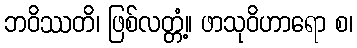
ဘဝိဿတိ၊ ဖြစ်လတ္တံ့။ ဖာသုဝိဟာရော စ၊